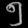
Digit: ၅